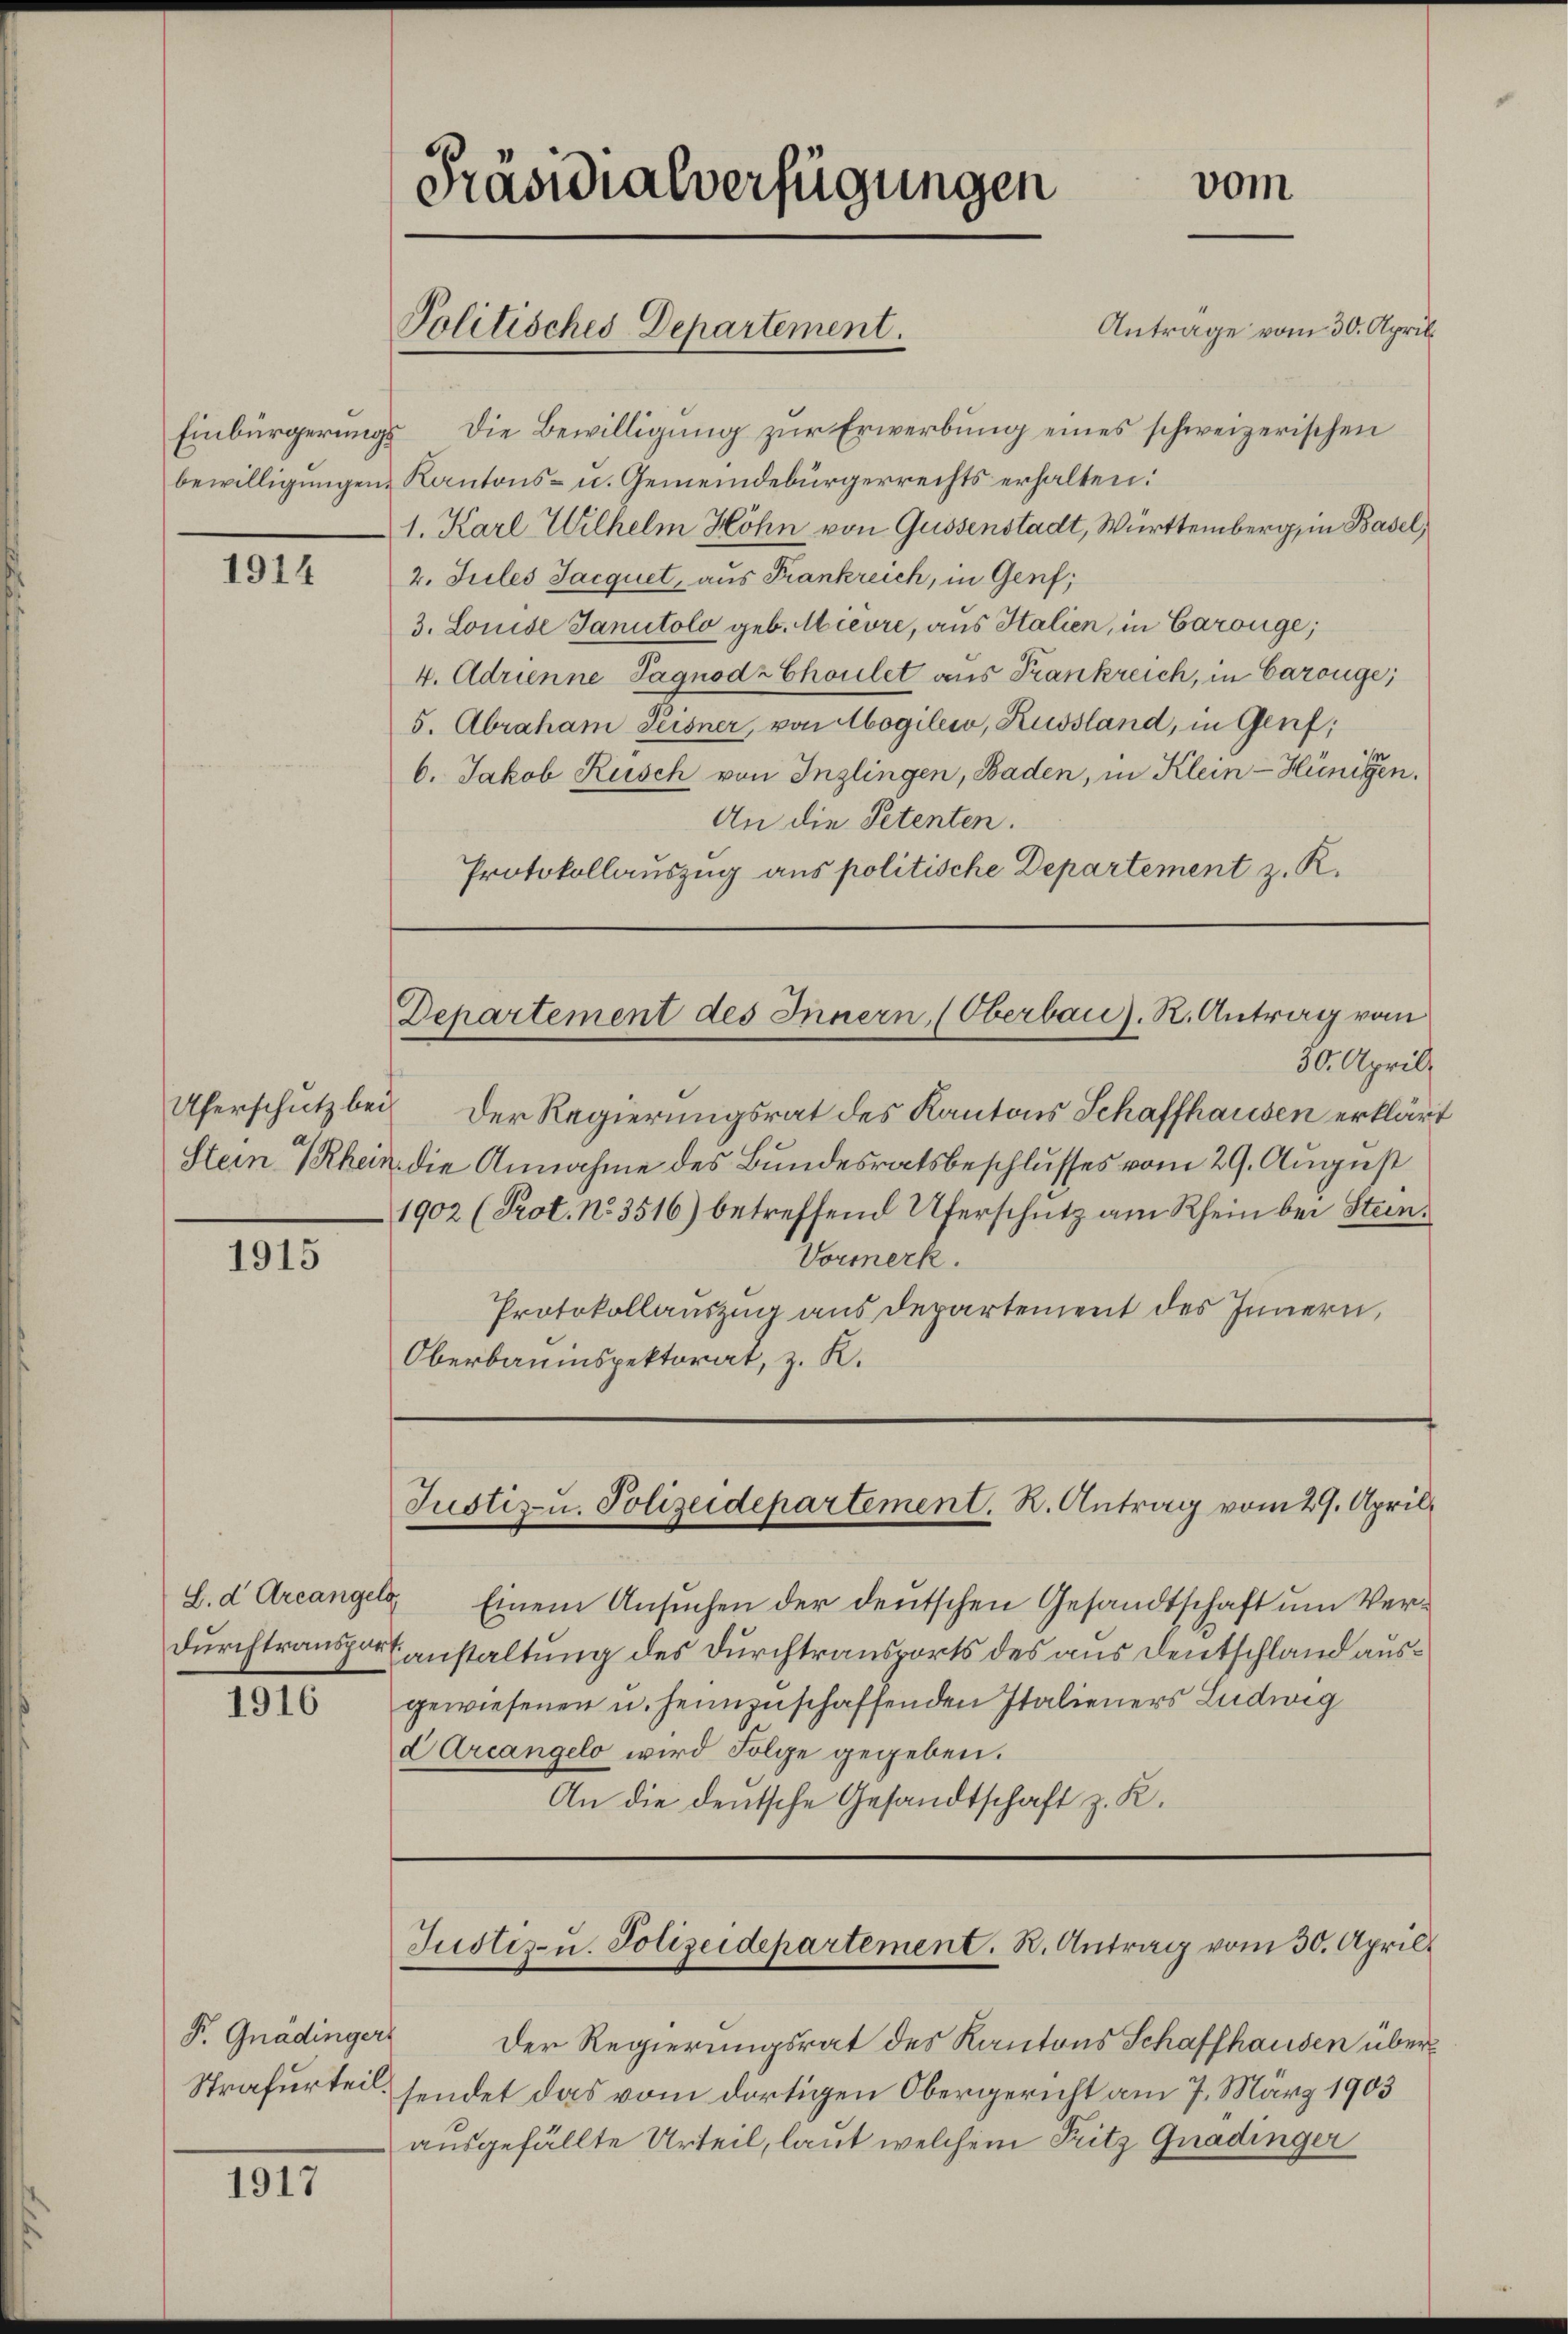
1914

1915

Durchtranspor¬

1916

P. Gnädingers
Strafurteil.

1917

Präsidialverfügungen

Antrage vom 30. April
Einbürgerungs die Bewilligung zur Erwerbung eines schweizerischen
bewilligungen Kantons- u. Gemeindebürgerrechts erhalten:
1. Karl Wilhelm Höhn von Gussenstadt, Württemberg, in Basel,
2. Jules Jacquet, aus Frankreich, in Genf;
3. Louise Sanitolo geb. Mièvre, aus Italien, in Carouge;
4. Adrienne Pagnodz Choulet aus Frankreich, in Carouge;
5. Abraham Seisner, von Mogilew, Russland, in Genf,
6. Jakob Rusch von Inzlingen, Baden, in Klein-Hünigen.
An die Petenten.
Protokollauszug aus politische Departement z. R.

Politisches Departement.

vom

30. Aprill
Uferschutz bei der Regierungsrat des Kantons Schaffhausen erklärt
Stein Rhein die Annahme des Bundesratsbeschlusses vom 29. August
1902 (Prot. No. 3516) betreffend Uferschutz am Rhein bei Stein¬
Vormerk.
Protokollauszug aus departement des Innern,
Oberbauinspektorat, z. K.

Departement des Innern, (Oberbau). R. Antrag vom

L.d Areangel Einem Ansuchen der deutschen Gesandtschaft um Ver¬
Eanstaltung des Durchtransports des aus Deutschland ausgewiesenen u. heimzuschaffenden Italieners Ludwig
d Areangelo wird Folge gegeben.
An die deutsche Gesandtschaft z. K.

Justiz- u. Polizeidepartement. K. Antrag vom 29. April

Justiz- u. Polizeidepartement. R. Antrag vom 30. April

Der Regierungsrat des Kantons Schaffhausen übersendet das vom dortigen Obergericht am 7. März 1903
ausgefällte Urteil, laut welchem Fritz Gnadinger